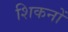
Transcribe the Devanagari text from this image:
शिकनों